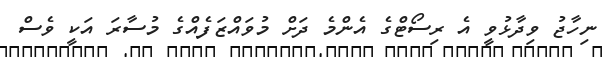
ނިހާޖު ވިދާޅުވީ އެ ރިސޯޓްގެ އެންމެ ދަށް މުވައްޒަފެއްގެ މުސާރަ އަކީ ވެސް